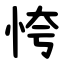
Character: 恗